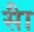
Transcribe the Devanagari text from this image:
साै